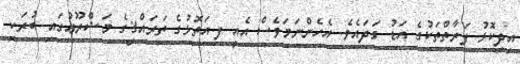
އިދިކޮޅު ފަރާތްތަކުގެ އަޑު ގަދައެވެ. އެހެންނަމަވެސް އެއީ ފ.އަތޮޅުގެ ތަރައްޤީގެ މަޝްރޫޢުގައި ބުރަކި